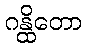
ဂန္ထိတော